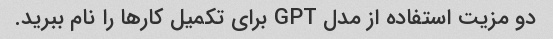
دو مزیت استفاده از مدل GPT برای تکمیل کارها را نام ببرید.